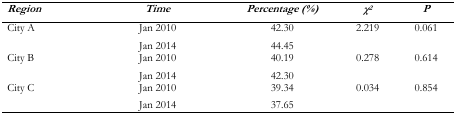
| Region | Time | Percentage (%) | χ2 | P |
 | --- | --- | --- | --- | --- |
 | <ROWSPAN=2> City A | Jan 2010 | 42.30 | 2.219 | 0.061 |
 | Jan 2014 | 44.45 |  |  |
 | <ROWSPAN=2> City B | Jan 2010 | 40.19 | 0.278 | 0.614 |
 | Jan 2014 | 42.30 |  |  |
 | <ROWSPAN=2> City C | Jan 2010 | 39.34 | 0.034 | 0.854 |
 | Jan 2014 | 37.65 |  |  |